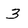
Character: 3